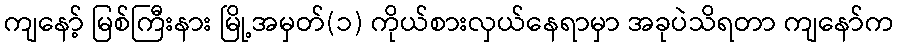
ကျနော့် မြစ်ကြီးနား မြို့အမှတ်(၁) ကိုယ်စားလှယ်နေရာမှာ အခုပဲသိရတာ ကျနော်က